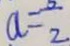
a = \frac { 5 } { 2 }